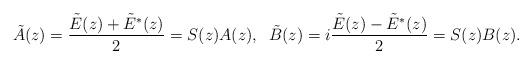
LaTeX: \begin{align*}\tilde{A}(z)=\dfrac{\tilde{E}(z)+\tilde{E}^{*}(z)}{2}=S(z)A(z),\;\; \tilde{B}(z)=i\dfrac{\tilde{E}(z)-\tilde{E}^{*}(z)}{2}=S(z)B(z).\end{align*}